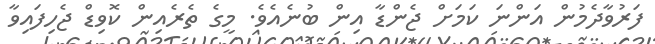
ފަރުވާދެމުން އަންނަ ކަމަށް ޖެންޑާ އިން ބުނެއެވެ. މީގެ ތެރެއިން ކޮވިޑް ޖެހިފައިވާ